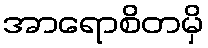
အာရောစိတမှိ